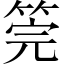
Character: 筦